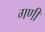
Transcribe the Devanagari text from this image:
गणीं